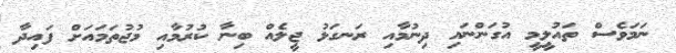
ނަމަވެސް ތައުލީމީ އުގަންނައި ދިނުމާއި ރަނގަޅު ޖީލެއް ބިނާ ކުރުމާއި މުޖުތަމައަށް ފައިދާ